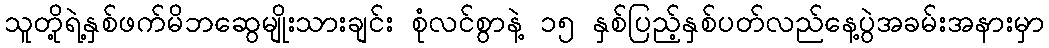
သူတို့ရဲ့နှစ်ဖက်မိဘဆွေမျိုးသားချင်း စုံလင်စွာနဲ့ ၁၅ နှစ်ပြည့်နှစ်ပတ်လည်နေ့ပွဲအခမ်းအနားမှာ